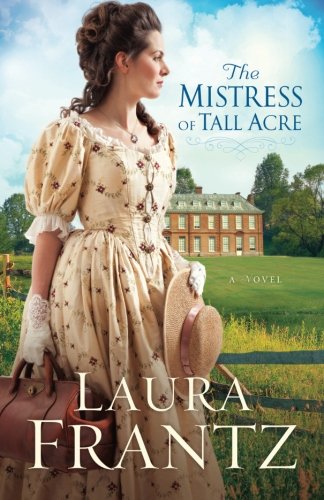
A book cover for The Mistress of Tall Acre: A Novel; Laura Frantz; Romance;